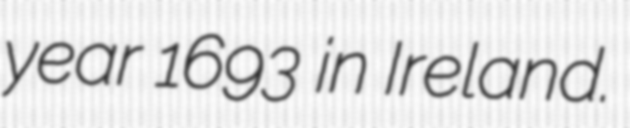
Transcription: year 1693 in Ireland.